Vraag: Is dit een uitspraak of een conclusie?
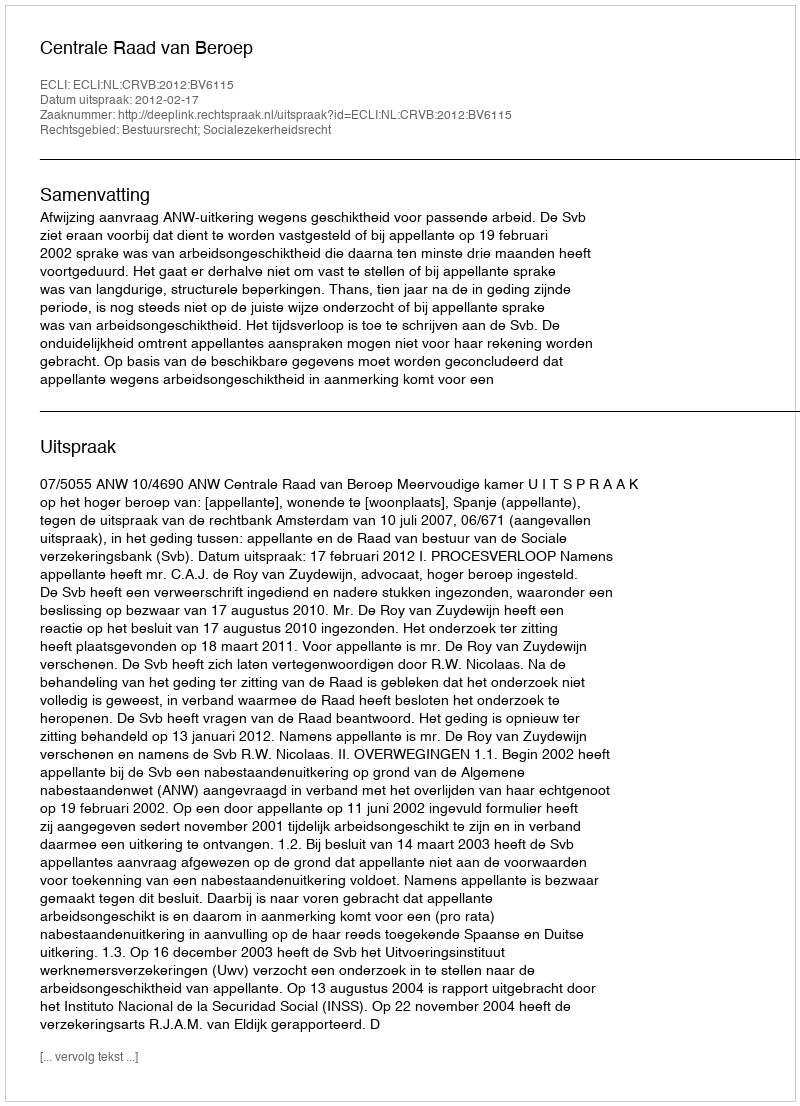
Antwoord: Uitspraak